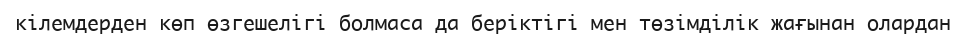
кілемдерден көп өзгешелігі болмаса да беріктігі мен төзімділік жағынан олардан